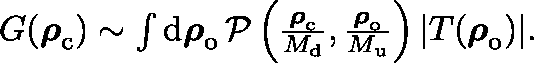
\begin{array} { r } { G ( \boldsymbol { \mathbf { \rho } } _ { \mathrm { c } } ) \sim \int \mathrm { d } \boldsymbol { \mathbf { \rho } } _ { \mathrm { o } } \, \mathcal { P } \left( \frac { \boldsymbol { \mathbf { \rho } } _ { \mathrm { c } } } { M _ { \mathrm { d } } } , \frac { \boldsymbol { \mathbf { \rho } } _ { \mathrm { o } } } { M _ { \mathrm { u } } } \right) | T ( \boldsymbol { \mathbf { \rho } } _ { \mathrm { o } } ) | . } \end{array}